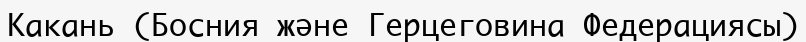
Какань (Босния және Герцеговина Федерациясы)